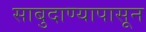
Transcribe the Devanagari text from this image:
साबुदाण्यापासून